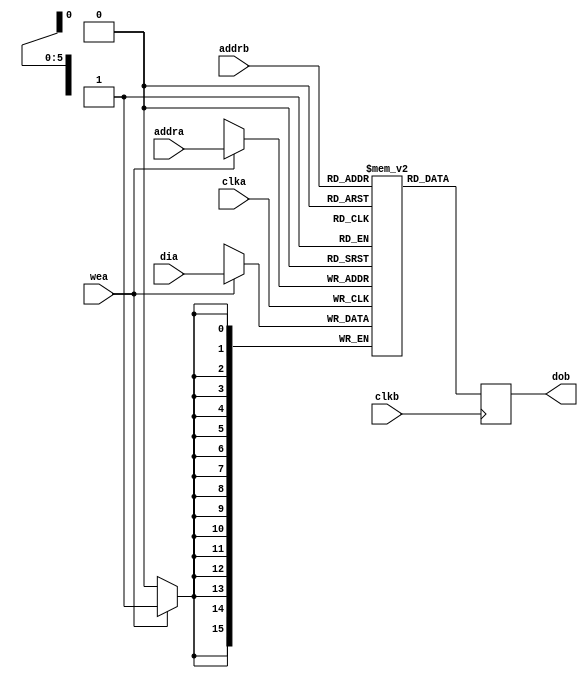
////////////////////////////////////////////////////////////////////////////////
//
// FPGAVN.COM
//
// Description  : This is the simple dual port RAM which is implemented in Xilinx 
//  Block RAM. There are 3 ways to incorporate RAM into a design:
//  + Inference
//  + Core Generator
//  + Instantiation (Macro, Primitive)
//  In this design, Inference method is used.
//
// Limitation:
//  + Write width = Read width
//  + 1 Cycle clock latency. If need more clock latency, pipeline registers must 
// be implemented out side.
//  + Algorithm for optimal (area, performance, power) depend on setting of synthesis tool.
//  + Operation mode is only NO_CHANGE.
//
// History (Date, Changed By)
//
////////////////////////////////////////////////////////////////////////////////

module sdp_bram_inf
    (
     clka,
     wea,       // Write enable
     addra,     // Write address
     dia,       // Write data

     clkb,
     addrb,     // Read address
     dob        // Read data
     );

////////////////////////////////////////////////////////////////////////////////
// Parameter declarations
parameter           ADDR  = 6;
parameter           WIDTH = 16;
         
localparam          DEPTH = 2**ADDR;

////////////////////////////////////////////////////////////////////////////////
// Port declarations
input               clka;
input               wea;
input [ADDR-1:0]    addra;
input [WIDTH-1:0]   dia;

input               clkb;
input [ADDR-1:0]    addrb;
output [WIDTH-1:0]  dob;

////////////////////////////////////////////////////////////////////////////////
// Local logic and instantiation
reg [WIDTH-1:0]     dob;
reg [WIDTH-1:0]     RAM[DEPTH-1:0];

always @(posedge clka)
    begin
    if (wea) RAM[addra] <= dia;
    end

always @(posedge clkb)
    begin
    dob <= RAM[addrb];
    end

endmodule